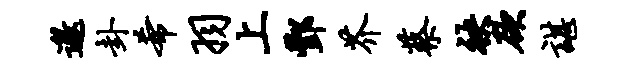
邀卦希羽上酆芥蔡袂欲谌